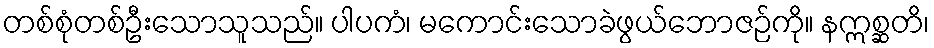
တစ်စုံတစ်ဦးသောသူသည်။ ပါပကံ၊ မကောင်းသောခဲဖွယ်ဘောဇဉ်ကို။ နဣစ္ဆတိ၊